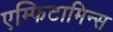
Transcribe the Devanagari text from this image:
एम्फिटामिन्स